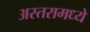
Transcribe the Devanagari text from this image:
अस्तरामध्ये